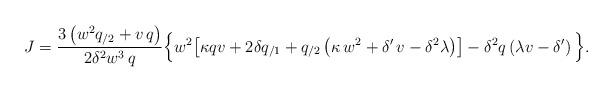
LaTeX: \begin{align*} J = \frac{3\left(w^2 q_{/2}+v\,q\right)}{2\delta^2 w^3 \,q}\Big\{w^2 \!\left[ \kappa q v + 2 \delta q_{/1} +q_{/2} \left(\kappa \,w^2 + \delta ' \, v-\delta^2 \lambda \right) \right] -\delta^2 q \left( \lambda v - \delta ' \right) \Big\}. \end{align*}